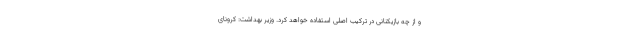
و از چه بازیکنانی در ترکیب اصلی استفاده خواهد کرد. وزیر بهداشت: کرونای